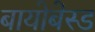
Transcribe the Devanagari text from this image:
बायोबेस्ड